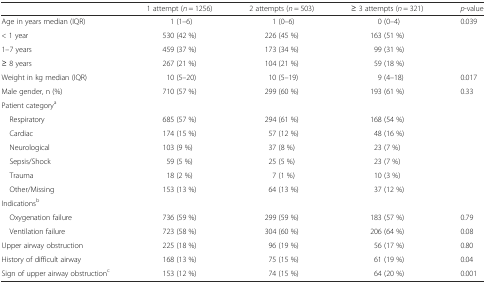
<table><thead><tr><td>[EMPTY_CELL]</td><td><b>1 attempt (<i>n</i> = 1256)</b></td><td><b>2 attempts (<i>n</i> = 503)</b></td><td><b>≥ 3 attempts (<i>n</i> = 321)</b></td><td><b><i>p</i>-value</b></td></tr></thead><tbody><tr><td>Age in years median (IQR)</td><td>1 (1–6)</td><td>1 (0–6)</td><td>0 (0–4)</td><td>0.039</td></tr><tr><td>&lt; 1 year</td><td>530 (42 %)</td><td>226 (45 %)</td><td>163 (51 %)</td><td>[EMPTY_CELL]</td></tr><tr><td>1–7 years</td><td>459 (37 %)</td><td>173 (34 %)</td><td>99 (31 %)</td><td>[EMPTY_CELL]</td></tr><tr><td>≥ 8 years</td><td>267 (21 %)</td><td>104 (21 %)</td><td>59 (18 %)</td><td>[EMPTY_CELL]</td></tr><tr><td>Weight in kg median (IQR)</td><td>10 (5–20)</td><td>10 (5–19)</td><td>9 (4–18)</td><td>0.017</td></tr><tr><td>Male gender, n (%)</td><td>710 (57 %)</td><td>299 (60 %)</td><td>193 (61 %)</td><td>0.33</td></tr><tr><td colspan="5">Patient category<sup>a</sup></td></tr><tr><td> Respiratory</td><td>685 (57 %)</td><td>294 (61 %)</td><td>168 (54 %)</td><td>[EMPTY_CELL]</td></tr><tr><td> Cardiac</td><td>174 (15 %)</td><td>57 (12 %)</td><td>48 (16 %)</td><td>[EMPTY_CELL]</td></tr><tr><td> Neurological</td><td>103 (9 %)</td><td>37 (8 %)</td><td>23 (7 %)</td><td>[EMPTY_CELL]</td></tr><tr><td> Sepsis/Shock</td><td>59 (5 %)</td><td>25 (5 %)</td><td>23 (7 %)</td><td>[EMPTY_CELL]</td></tr><tr><td> Trauma</td><td>18 (2 %)</td><td>7 (1 %)</td><td>10 (3 %)</td><td>[EMPTY_CELL]</td></tr><tr><td> Other/Missing</td><td>153 (13 %)</td><td>64 (13 %)</td><td>37 (12 %)</td><td>[EMPTY_CELL]</td></tr><tr><td colspan="5">Indications<sup>b</sup></td></tr><tr><td> Oxygenation failure</td><td>736 (59 %)</td><td>299 (59 %)</td><td>183 (57 %)</td><td>0.79</td></tr><tr><td> Ventilation failure</td><td>723 (58 %)</td><td>304 (60 %)</td><td>206 (64 %)</td><td>0.08</td></tr><tr><td>Upper airway obstruction</td><td>225 (18 %)</td><td>96 (19 %)</td><td>56 (17 %)</td><td>0.80</td></tr><tr><td>History of difficult airway</td><td>168 (13 %)</td><td>75 (15 %)</td><td>61 (19 %)</td><td>0.04</td></tr><tr><td>Sign of upper airway obstruction<sup>c</sup></td><td>153 (12 %)</td><td>74 (15 %)</td><td>64 (20 %)</td><td>0.001</td></tr></tbody></table>